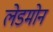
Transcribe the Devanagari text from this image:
लेडमोन